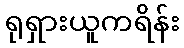
ရုရှားယူကရိန်း